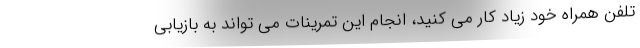
تلفن همراه خود زیاد کار می کنید، انجام این تمرینات می تواند به بازیابی